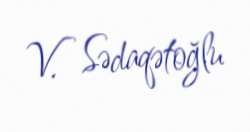
V. Sədaqətoğlu